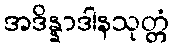
အဒိန္နာဒါနသုတ္တံ